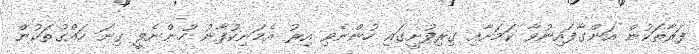
ފަރާތަކުން އަންގާފައިނުވާ ކަމަށާއި ގިރިފުށީގައި ހުންނެވި އިރު އެމަނިކުފާނު ހުންނެވީ ގިނަ ހައްގުތަކުން